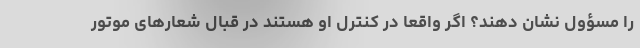
را مسؤول نشان دهند؟ اگر واقعا در کنترل او هستند در قبال شعارهای موتور